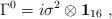
LaTeX: \begin{align*}\Gamma^0= i\sigma^2 \otimes {\bf 1}_{16}~,~~~\end{align*}